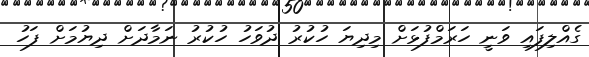
ގެއްލިފައި ވަނީ ހަރަމްފުޅަށް މިދިޔަ ހުކުރު ދުވަހު ހުކުރު ނަމާދަށް ދިޔުމަށް ފަހު